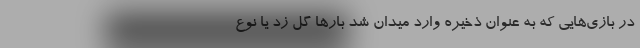
در بازی‌هایی که به عنوان ذخیره وارد میدان ‌شد بارها گل زد یا نوع